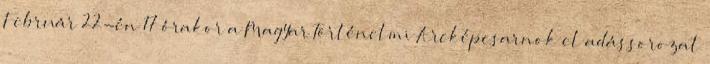
Február 22-én 17 órakor a Magyar Történelmi Arcképcsarnok elœadássorozat